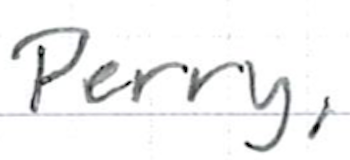
Text: Perry,
Cross-out: clean
Writing tool: ballpoint